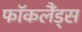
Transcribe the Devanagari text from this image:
फॉकलैंड्स